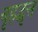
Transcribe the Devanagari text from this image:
वृहद्वृत्त